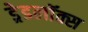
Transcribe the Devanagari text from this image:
ड्रेडलॉक्स